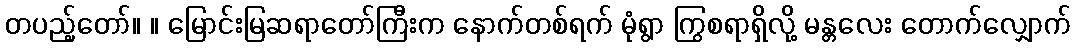
တပည့်တော်။ ။ မြောင်းမြဆရာတော်ကြီးက နောက်တစ်ရက် မုံရွာ ကြွစရာရှိလို့ မန္တလေး တောက်လျှောက်